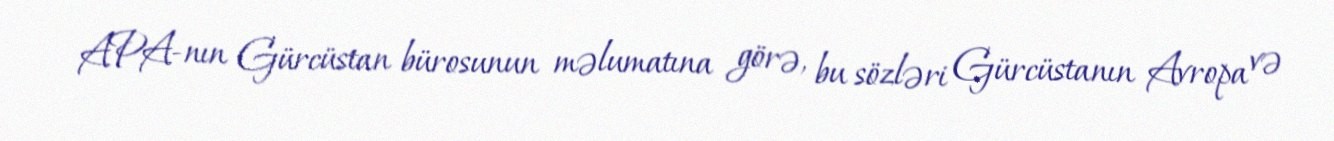
APA-nın Gürcüstan bürosunun məlumatına görə, bu sözləri Gürcüstanın Avropa və